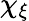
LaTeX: \chi_{\xi}